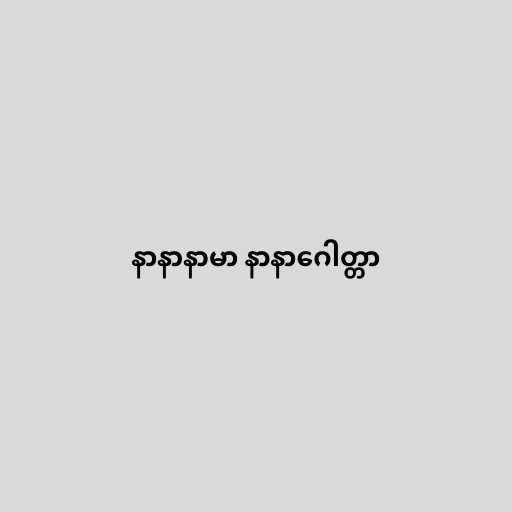
နာနာနာမာ နာနာဂေါတ္တာ